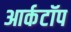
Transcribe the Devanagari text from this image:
आर्कटॉप